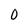
Character: 0